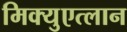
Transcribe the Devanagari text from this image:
मिक्युएत्लान